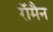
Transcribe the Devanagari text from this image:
रॉमैन